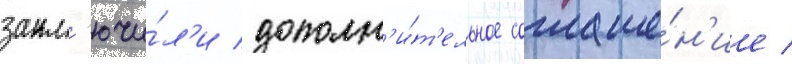
закл'ючи́л'и дополн'и́т'ельное соглаше́н'ие /